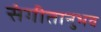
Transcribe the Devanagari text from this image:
संगीतानुभव